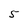
Character: 5